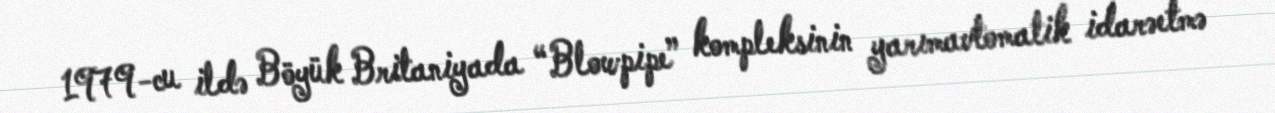
1979-cu ildə Böyük Britaniyada “Blowpipe” kompleksinin yarımavtomatik idarəetmə